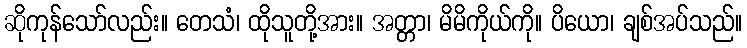
ဆိုကုန်သော်လည်း။ တေသံ၊ ထိုသူတို့အား။ အတ္တာ၊ မိမိကိုယ်ကို။ ပိယော၊ ချစ်အပ်သည်။